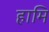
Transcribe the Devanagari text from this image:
हामि